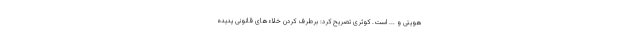
هویتی و ... است. کوثری تصریح کرد: برطرف کردن خلاء‌های قانونی پدیده